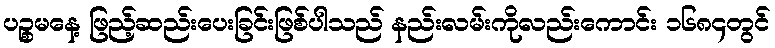
ပဉ္စမနေ့ ဖြည့်ဆည်းပေးခြင်းဖြစ်ပါသည် နည်းလမ်းကိုလည်းကောင်း ၁၆၈၄တွင်